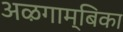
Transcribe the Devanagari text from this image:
अऴगाम्बिका